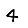
Digit: 4